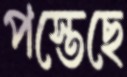
পস্তেছে